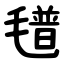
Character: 氆